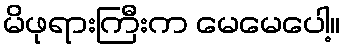
မိဖုရားကြီးက မေမေပေါ့။